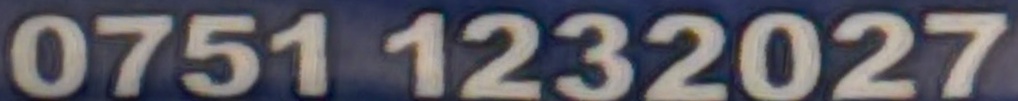
0751 1232027